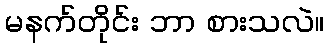
မနက်တိုင်း ဘာ စားသလဲ။